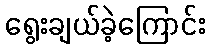
ရွေးချယ်ခဲ့ကြောင်း